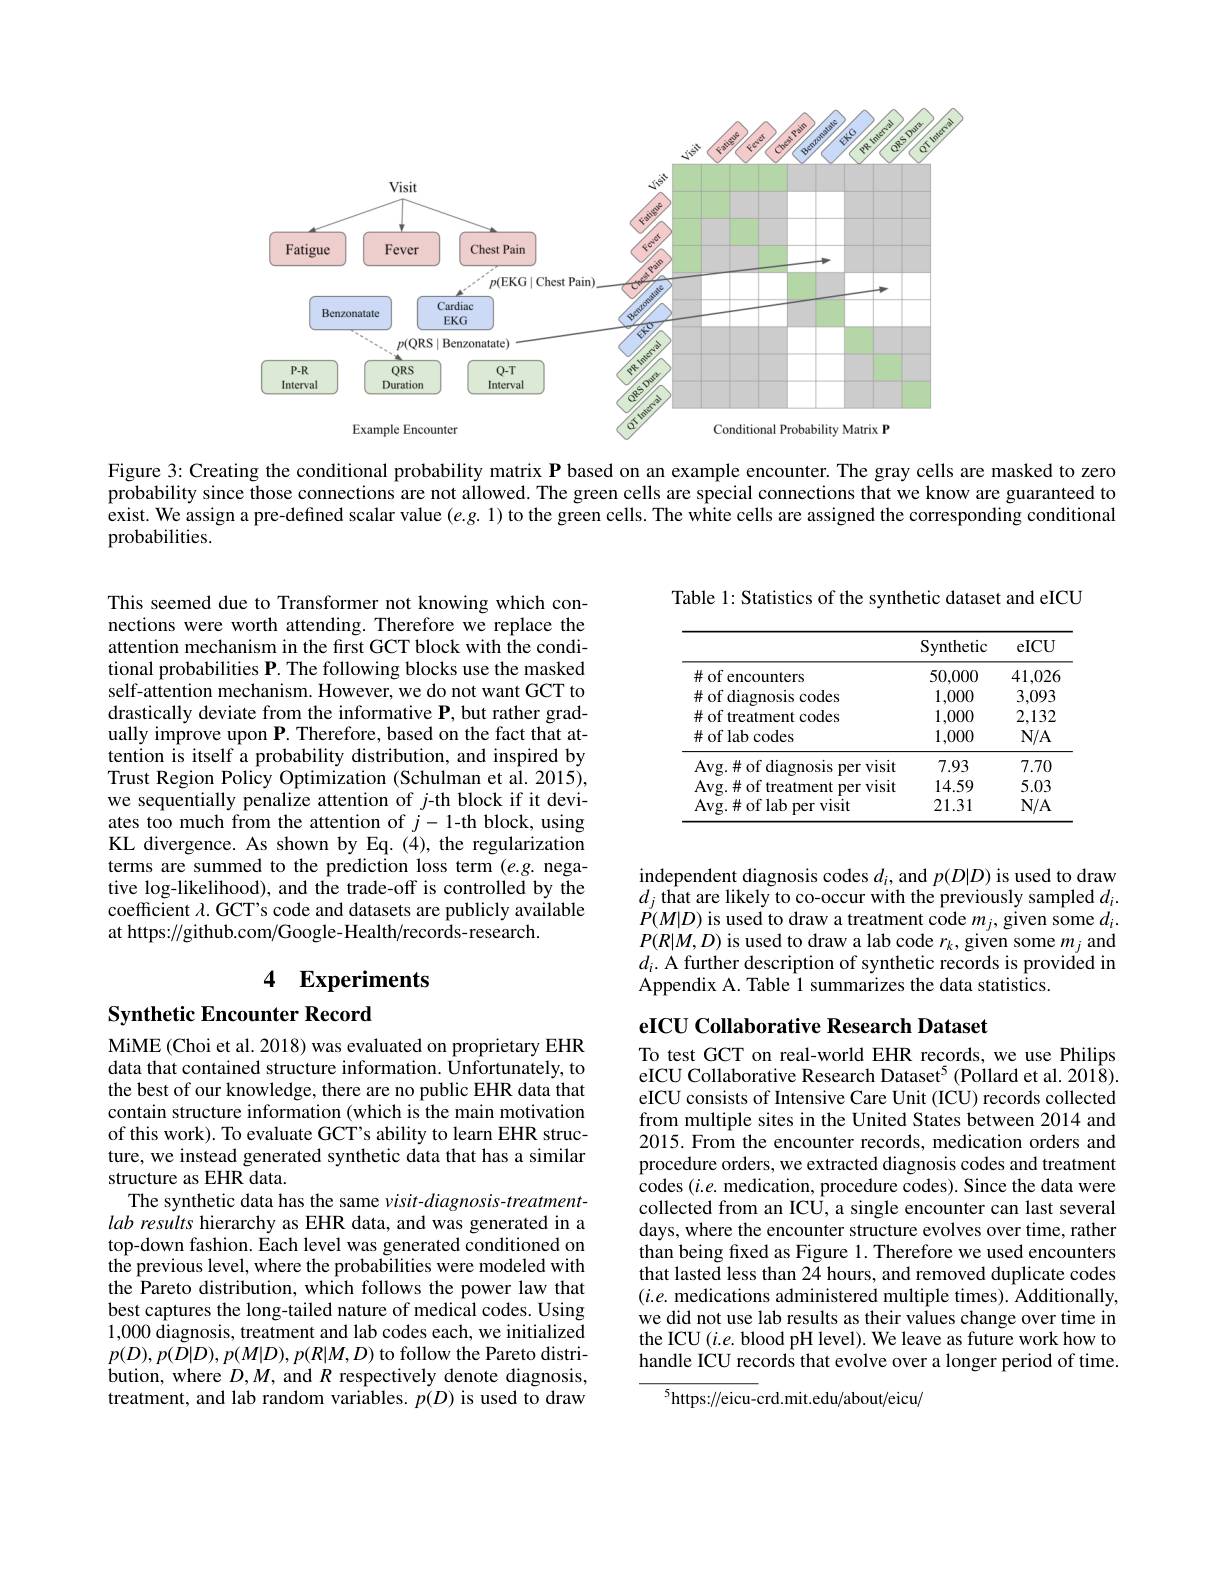
<FigureHere>

Figure 3: Creating the conditional probability matrix P based on an example encounter. The gray cells are masked to zero probability since those connections are not allowed. The green cells are special connections that we know are guaranteed to exist. We assign a pre-defined scalar value $(e.g.1)$ to the green cells. The white cells are assigned the corresponding conditional probabilities.

This seemed due to Transformer not knowing which connections were worth attending. Therefore we replace the attention mechanism in the first GCT block with the conditional probabilities P. The following blocks use the masked self-attention mechanism. However, we do not want GCT to drastically deviate from the informative P, but rather gradually improve upon P. Therefore, based on the fact that attention is itself a probability distribution, and inspired by Trust Region Policy Optimization (Schulman et al. 2015), we sequentially penalize attention of j-th block if it deviates too much from the attention of $j-1$-th block, using KL divergence. As shown by Eq.(4), the regularization terms are summed to the prediction loss term (e.g. negative log-likelihood), and the trade-off is controlled by the coefficient $\lambda.$ GCT's code and datasets are publicly available at https://github.com/Google-Health/records-research.

# 4 Experiments

Synthetic Encounter Record

MiME (Choi et al. 2018) was evaluated on proprietary EHR data that contained structure information. Unfortunately, to the best of our knowledge, there are no public EHR data that contain structure information (which is the main motivation of this work). To evaluate GCT's ability to learn EHR structure, we instead generated synthetic data that has a similar structure as EHR data.
The synthetic data has the same visit-diagnosis-treatmentlab results hierarchy as EHR data, and was generated in a top-down fashion. Each level was generated conditioned on the previous level, where the probabilities were modeled with the Pareto distribution, which follows the power law that best captures the long-tailed nature of medical codes. Using 1,000 diagnosis, treatment and lab codes each, we initialized $p(D),p(\tilde{D}|D),p(M|D),p(R|M,D)$ to follow the Pareto distribution, where $D,M$, and $R$ respectively denote diagnosis, treatment, and lab random variables. $p(D)$ is used to draw

Table 1: Statistics of the synthetic dataset and eICU

<table>
	<tbody>
		<tr>
			<th> </th>
			<th>Synthetic</th>
			<th>eICU</th>
		</tr>
		<tr>
			<td>$\#$ of encounters</td>
			<td>50.000</td>
			<td>$41,02\epsilon$</td>
		</tr>
		<tr>
			<td>$\#$ of diagnosis codes</td>
			<td>1,000</td>
			<td>3,093</td>
		</tr>
		<tr>
			<td>$\#$ of treatment codes</td>
			<td>1,000</td>
			<td>2,132</td>
		</tr>
		<tr>
			<td>$\#$of lab codes</td>
			<td>1,000</td>
			<td>$N/A$</td>
		</tr>
		<tr>
			<td>Avg. $\#$ of diagnosis s per visit</td>
			<td>7.93</td>
			<td>7.70</td>
		</tr>
		<tr>
			<td>Avg.# of treatment per visit</td>
			<td>14.59</td>
			<td>5.03</td>
		</tr>
		<tr>
			<td>Avg. $\#$of lab per visit</td>
			<td>21.31</td>
			<td>$N/A$</td>
		</tr>
	</tbody>
</table>

independent diagnosis codes $d_i$, and $p(D|D)$ is used to draw $d_{j}$ that are likely to co-occur with the previously sampled $d_i.$ $\acute{P}(M|D)$ is used to draw a treatment code $m_j,\tilde{\text{given some }d}_i.$ $P(R|M,D)$ is used to draw a lab code $r_k$,given some $m_j$ and $d_i.$ A further description of synthetic records is provided in Appendix A. Table 1 summarizes the data statistics.

$\mathbf{eICU~Collaborative~Research~Dataset}$

To test GCT on real-world EHR records, we use Philips eICU Collaborative Research Dataset$^5($Pollard et al. 2018). eICU consists of Intensive Care Unit (ICU) records collected from multiple sites in the United States between 2014 and 2015. From the encounter records, medication orders and procedure orders, we extracted diagnosis codes and treatment codes $(i.e.$ medication, procedure codes). Since the data were collected from an ICU, a single encounter can last several days, where the encounter structure evolves over time, rather than being fixed as Figure 1. Therefore we used encounters that lasted less than $2\tilde{4}$ hours, and removed duplicate codes $(i.e.$ medications administered multiple times). Additionally, we did not use lab results as their values change over time in the ICU $(i.e.$ blood pH level). We leave as future work how to handle ICU records that evolve over a longer period of time.

$^{5}$https://eicu-crd.mit.edu/about/eicu/